Indian journal of veterinary science and animal husbandry - Volume 4,
Year: 1934
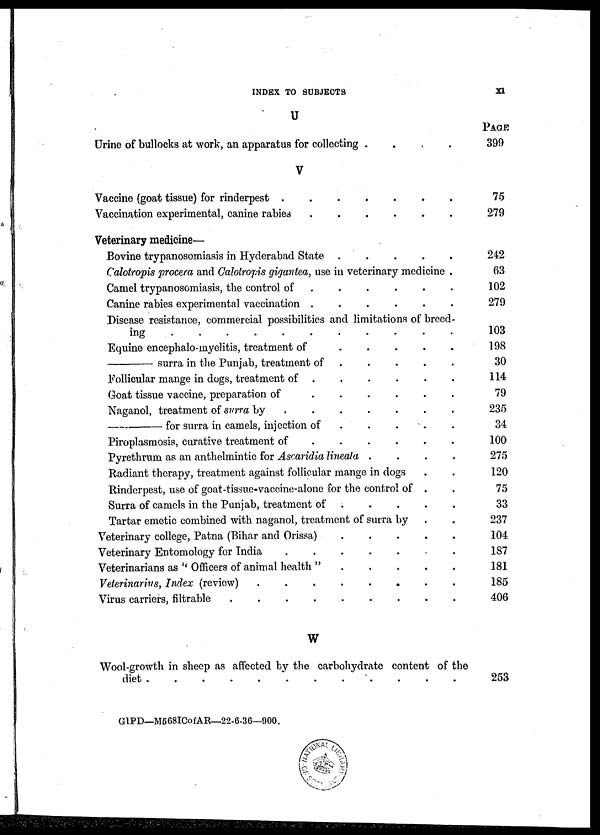
INDEX TO SUBJECTS
XI
U
Urine of bullocks at work, an apparatus for collecting .
.
.
.
V
Vaccine (goat tissue) for rinderpest
.
.
.
.
.
.
.
Vaccination experimental, canine rabies
.
.
.
.
.
.
Veterinary medicine—
Bovine trypanosomiasis in Hyderabad State
.
.
.
.
.
Calotropis procera and Calotropis gigantea, use in veterinary medicine .
Camel trypanosomiasis, the control of
.
.
.
.
.
.
Canine rabies experimental vaccination .
.
.
.
. .
Disease resistance, commercial possibilities and limitations of breed-
ing
.
.
.
.
.
.
.
.
.
.
.
Equine encephalo-myelitis, treatment of
.
.
.
.
.
—
surra in the Punjab, treatment of . . . . . .
Follicular mange in dogs, treatment of
.
.
.
.
.
.
Goat tissue vaccine, preparation of . . . . . .
Naganol, treatment of surra by . . . . . . .
—
for
surra in camels, injection of
.
.
.
. .
Piroplasmosis, curative treatment of
.
.
.
.
.
.
Pyrethrum as an anthelmintic for Ascaridia lineata . . . .
Radiant therapy, treatment against follicular mange in dogs . .
Rinderpest, use of goat-tissue-vaccine-alone for the control of . .
Surra of camels in the Punjab, treatment of . . . . .
Tartar emetic combined with naganol, treatment of surra by . .
Veterinary college, Patna (Bihar and Orissa)
.
.
.
.
Veterinary Entomology for India . . . . . . .
Veterinarians as " Officers of animal health " . . . . .
Veterinarius, Index (review)
.
.
.
.
.
.
.
Virus carriers, filtrable . . . . . . . . .
W
Wool-growth in sheep as affected by the carbohydrate content of the
diet . . . . . . . . . . . .
PAGE
399
75
279
242
63
102
279
103
198
30
114
79
235
34
100
275
120
75
33
237
104
187
181
185
406
253
GIPD—M568ICofAR—22-6-36—900.